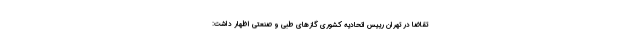
تقاضا در تهران رییس اتحادیه کشوری گازهای طبی و صنعتی اظهار داشت: